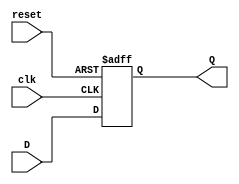
module d_flipflop(Q,D,clk,reset);
output Q;
input D;
input reset;
input clk;
reg Q;
always@(posedge clk,negedge reset)
if(!reset) Q<=1'b0;
else Q<=D;
endmodule

module cypher(x,clk,load,reset,Out);

input clk;
input load;
input reset;
input x; 
wire D;
wire [8:1] Out1,Out2,Out1A,Out2B;
output [8:1]Out;
wire [8:1]A;
assign A=8'b10011101;
wire [8:1]Q;
xnor(D,Q[1],Q[8]);
and(clk1,clk,load);
d_flipflop DFF1(Q[1],D,clk1,reset);
d_flipflop DFF2(Q[2],Q[1],clk1,reset);
d_flipflop DFF3(Q[3],Q[2],clk1,reset);
d_flipflop DFF4(Q[4],Q[3],clk1,reset);
d_flipflop DFF5(Q[5],Q[4],clk1,reset);
d_flipflop DFF6(Q[6],Q[5],clk1,reset);
d_flipflop DFF7(Q[7],Q[6],clk1,reset);
d_flipflop DFF8(Q[8],Q[7],clk1,reset);

xor(Out1[1],Q[1],A[1]);and(Out1A[1],Out1[1],x);
xor(Out1[2],Q[2],A[2]);and(Out1A[2],Out1[2],x);
xor(Out1[3],Q[3],A[3]);and(Out1A[3],Out1[3],x);
xor(Out1[4],Q[4],A[4]);and(Out1A[4],Out1[4],x);
xor(Out1[5],Q[5],A[5]);and(Out1A[5],Out1[5],x);
xor(Out1[6],Q[6],A[6]);and(Out1A[6],Out1[6],x);
xor(Out1[7],Q[7],A[7]);and(Out1A[7],Out1[7],x);
xor(Out1[8],Q[8],A[8]);and(Out1A[8],Out1[8],x);

xor(Out2[1],Q[1],Out1[1]);and(Out2B[1],Out2[1],~x);
xor(Out2[2],Q[2],Out1[2]);and(Out2B[2],Out2[2],~x);
xor(Out2[3],Q[3],Out1[3]);and(Out2B[3],Out2[3],~x);
xor(Out2[4],Q[4],Out1[4]);and(Out2B[4],Out2[4],~x);
xor(Out2[5],Q[5],Out1[5]);and(Out2B[5],Out2[5],~x);
xor(Out2[6],Q[6],Out1[6]);and(Out2B[6],Out2[6],~x);
xor(Out2[7],Q[7],Out1[7]);and(Out2B[7],Out2[7],~x);
xor(Out2[8],Q[8],Out1[8]);and(Out2B[8],Out2[8],~x);

or(Out[1],Out1A[1],Out2B[1]);
or(Out[2],Out1A[2],Out2B[2]);
or(Out[3],Out1A[3],Out2B[3]);
or(Out[4],Out1A[4],Out2B[4]);
or(Out[5],Out1A[5],Out2B[5]);
or(Out[6],Out1A[6],Out2B[6]);
or(Out[7],Out1A[7],Out2B[7]);
or(Out[8],Out1A[8],Out2B[8]); 
endmodule